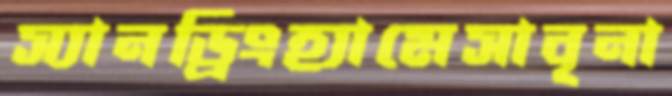
স্যানড্রিংহ্যামেসাবৃনা